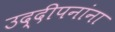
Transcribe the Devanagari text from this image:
उद्दीपनांना